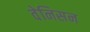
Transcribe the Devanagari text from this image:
वेनिसन